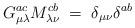
LaTeX: \begin{align*}G_{\mu\lambda}^{ac} M_{\lambda\nu}^{cb} \;=\; \delta_{\mu\nu} \delta^{ab}\end{align*}